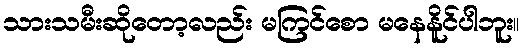
သားသမီးဆိုတော့လည်း မကြင်စော မနေနိူင်ပါဘူး။